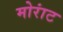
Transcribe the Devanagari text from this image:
मोरांट